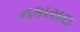
નકારાઇ